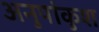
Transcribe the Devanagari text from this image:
अनुपांकुश